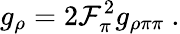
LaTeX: g_{\rho}=2\mathcal{F}_{\pi}^{2}g_{\rho\pi\pi}\ .